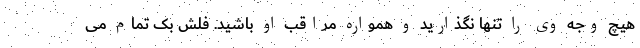
هیچ وجه وی را تنها نگذارید و همواره مراقب او باشید. فلش بک تمام می